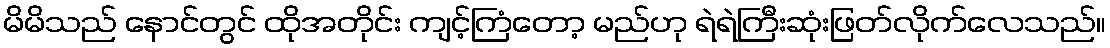
မိမိသည် နောင်တွင် ထိုအတိုင်း ကျင့်ကြံတော့ မည်ဟု ရဲရဲကြီးဆုံးဖြတ်လိုက်လေသည်။